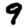
Digit: 9